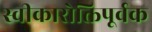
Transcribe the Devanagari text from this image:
स्वीकारोक्तिपूर्वक